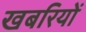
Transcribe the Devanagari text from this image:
खबरियों